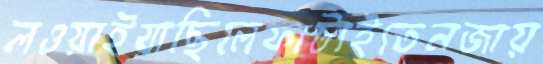
লওয়াইয়াছিলেফাটাইতেনজায়